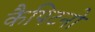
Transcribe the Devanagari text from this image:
कैपिटनो